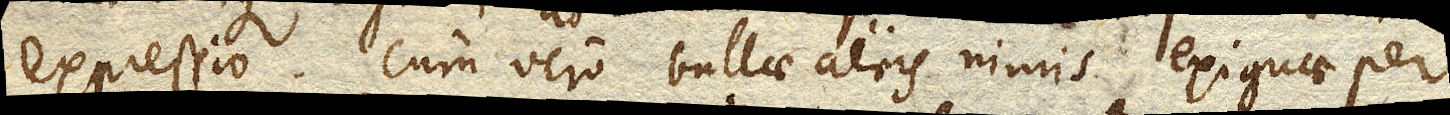
expressio. Cum vero bullae aeris nimis exiguae